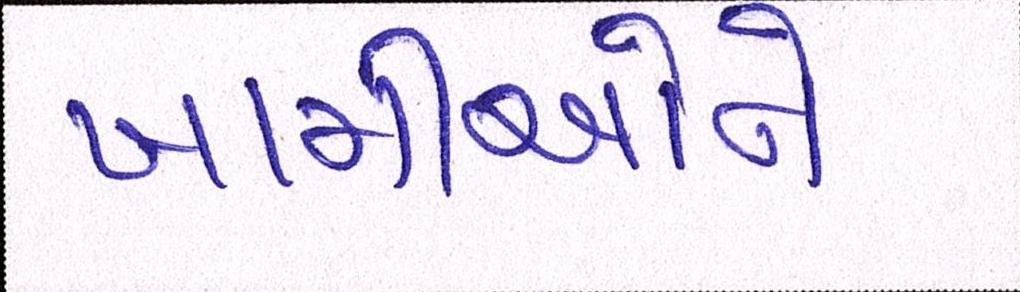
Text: ખામીઓને